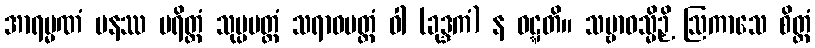
အာရမ္မဏံ ပနဿ ပရိတ္တံ သုပ္ပမတ္တံ သရာဝမတ္တံ ဝါ (ခုဒ္ဒကံ) န ဝဋ္ဋတိ။ သမ္ဗာဓသ္မိဉှိ ဩကာသေ စိတ္တံ